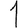
Digit: 1